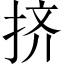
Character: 挤